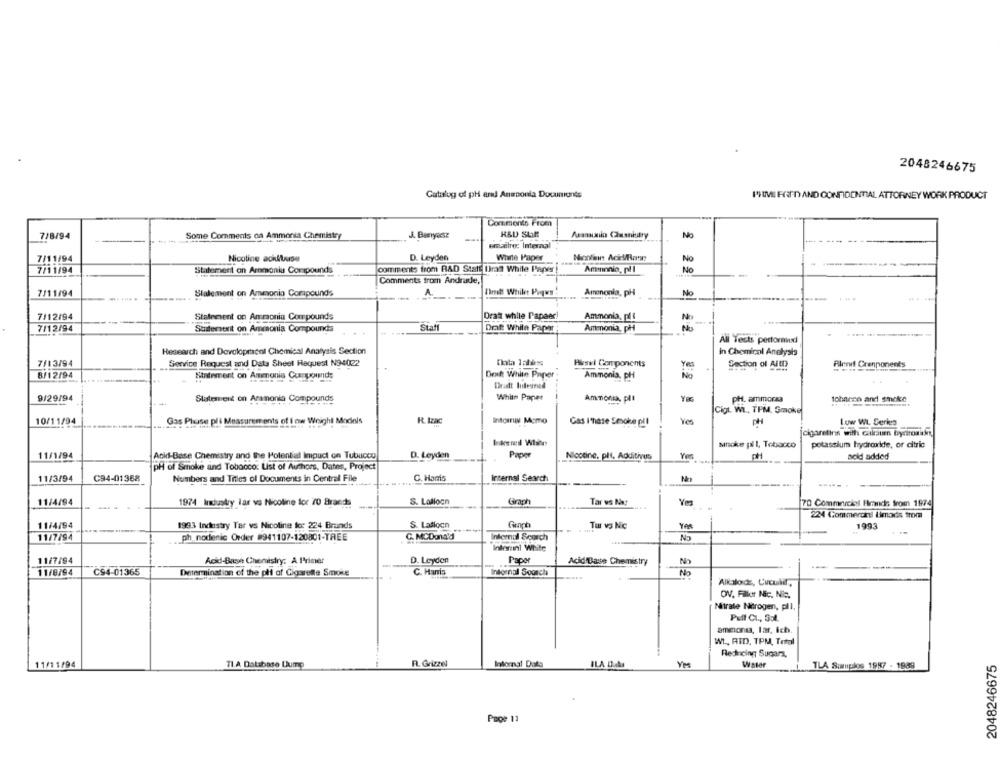
2048246675
Catalog of ph and Anaponta Documents
PIUVI FRED AND CONFIDENTIAL ATTORNEY WORK PRODUCT
Comments From
7/8/94
Some Comments on Ammonia Chemistry
J. Banyasz
Aranuilo Causniary
M
emailre: Internal
7/11/94
Nicotine achtuse
D. Leyden
White Paper
No
7/11/94
Statement on Ammonia Compounds
comments from RAD Statt Dras White Paper!
Ammonia, pll
No
Comments from Andrade,
nimi While Piqwy!
7/11/94
Statement on Ammonio Compounds
A.
Amenonia, pH
7/12/94
Statement on Am monia Compounds
Drat while Papaer!
Ammonia, pll
No
7/12/94
Suiterent on Ammonia Compounds
Staff
Dot While Paper
Ammonia, pH
NO
All Tests pettoraund
Research and Development Chemical Analysis Section
in Chemical Analysis
7/13/94
Service Request and Data Sheet Request N94022
Hiswi Components
Section of AltD
Alert Cranponents
8/12/94
Yes
Statement on Ammonia Cuerpounds
Denk White Paper
Ammonia. pH
9/29/94
Statement on Anamonia Compounds
White Paper
Ammonia, plt
PH. ammorsa
tobacco and smoke
Cigt. WL ., TPM. Smoke
rements of I ow We
Intoarun Momo
10/11/94
Gas Pluse
dels
R. Izac
Gas I'mnase Smoke pil
PH
Low WI, Serles
jcigaretins with calsun byciromikr
snake pl l, Tobacco
potassium hydroxide, or citric
11/1/94
Acid-Base Chemistry and the Potential Impact on Tutuloco
D. Leyden
Paper
Niccone, pli, Additives
acid added
pH of Smoke and Tobacco: List of Authors, Dates, Project
11/3/94
C94-01358
Numbers and Titles of Documents in Central File
C. Hans
Internal Search
-----
11/4/94
1974 Industry lar va Nicoline for 70 Brands
S. Lalloon
Gmch
Tar us Net
70 Commercial Frnds from 1974
224 Commeroni Limads trom
11/4/94
1993 Industry Tar vs Nicoline to 224 Brands
S. Ladlocn
Graph
Tur vy Nic
1993
11/7/94
ph. nodenic Order #941107-120801-TREE
C. MCDonald
Internal Scorch
No
Inlerini White
11/7/94
Acid-Base Chemistry: A Primer
D. Leyden
Paper
Acid Dase Chemistry
No
-
No
11/8/94
CS4-01365
Determination of the pli of Cigarette Smoke
C. Hanis
Internal Soonch
Alkalode, Cuculd,
OV, Filer Nic, Nic.
Nitrate Nitrogen, pll.
Puff Cl ., S54.
ammonta, lar, ich.
Wt ., RID, TPM, Total
Reducing Sugars,
R. Grizzel
Informal Data
2048246675
11/11/94
TI.A Database Lump
ILA Daha
Water
TLA Sumplos 1987 -1
Page 11